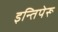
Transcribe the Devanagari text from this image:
इन्तिपेरू